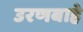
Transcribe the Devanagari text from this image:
उरणबाहे